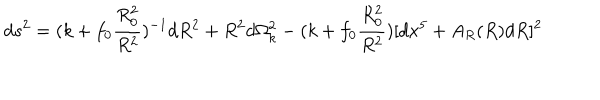
d s ^ { 2 } = ( k + f _ { 0 } \frac { R _ { 0 } ^ { 2 } } { R ^ { 2 } } ) ^ { - 1 } d R ^ { 2 } + R ^ { 2 } d \Omega _ { k } ^ { 2 } - ( k + f _ { 0 } \frac { R _ { 0 } ^ { 2 } } { R ^ { 2 } } ) [ d x ^ { 5 } + A _ { R } ( R ) d R ] ^ { 2 }